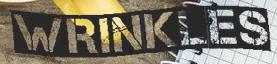
WRINKLES